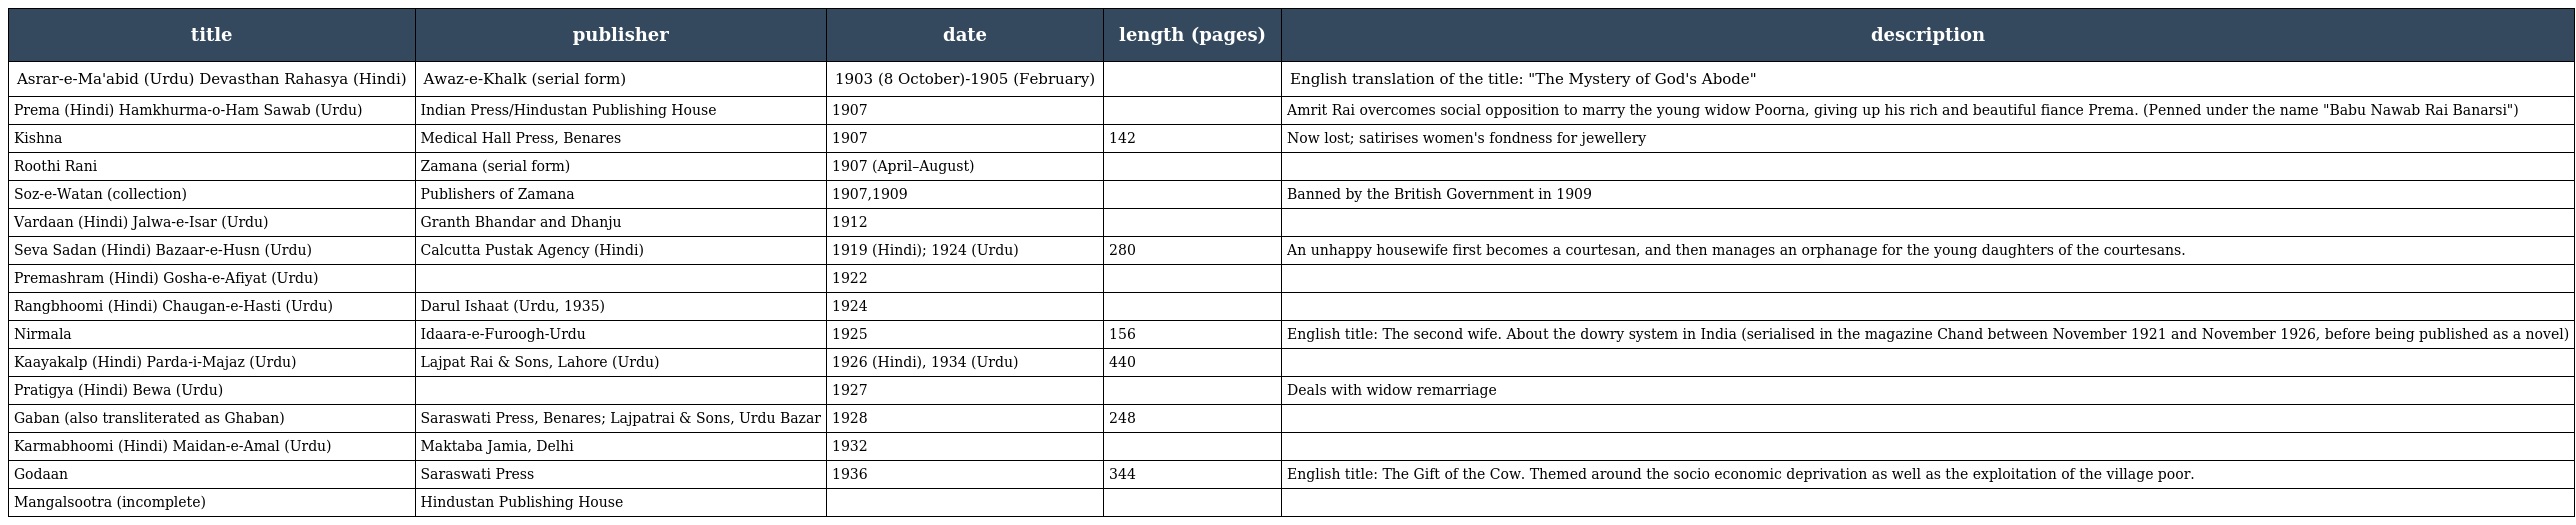
| title | publisher | date | length (pages) | description |
 | --- | --- | --- | --- | --- |
 | Asrar-e-Ma'abid (Urdu) Devasthan Rahasya (Hindi) | Awaz-e-Khalk (serial form) | 1903 (8 October)-1905 (February) |  | English translation of the title: "The Mystery of God's Abode" |
 | Prema (Hindi) Hamkhurma-o-Ham Sawab (Urdu) | Indian Press/Hindustan Publishing House | 1907 |  | Amrit Rai overcomes social opposition to marry the young widow Poorna, giving up his rich and beautiful fiance Prema. (Penned under the name "Babu Nawab Rai Banarsi") |
 | Kishna | Medical Hall Press, Benares | 1907 | 142 | Now lost; satirises women's fondness for jewellery |
 | Roothi Rani | Zamana (serial form) | 1907 (April–August) |  |  |
 | Soz-e-Watan (collection) | Publishers of Zamana | 1907,1909 |  | Banned by the British Government in 1909 |
 | Vardaan (Hindi) Jalwa-e-Isar (Urdu) | Granth Bhandar and Dhanju | 1912 |  |  |
 | Seva Sadan (Hindi) Bazaar-e-Husn (Urdu) | Calcutta Pustak Agency (Hindi) | 1919 (Hindi); 1924 (Urdu) | 280 | An unhappy housewife first becomes a courtesan, and then manages an orphanage for the young daughters of the courtesans. |
 | Premashram (Hindi) Gosha-e-Afiyat (Urdu) |  | 1922 |  |  |
 | Rangbhoomi (Hindi) Chaugan-e-Hasti (Urdu) | Darul Ishaat (Urdu, 1935) | 1924 |  |  |
 | Nirmala | Idaara-e-Furoogh-Urdu | 1925 | 156 | English title: The second wife. About the dowry system in India (serialised in the magazine Chand between November 1921 and November 1926, before being published as a novel) |
 | Kaayakalp (Hindi) Parda-i-Majaz (Urdu) | Lajpat Rai & Sons, Lahore (Urdu) | 1926 (Hindi), 1934 (Urdu) | 440 |  |
 | Pratigya (Hindi) Bewa (Urdu) |  | 1927 |  | Deals with widow remarriage |
 | Gaban (also transliterated as Ghaban) | Saraswati Press, Benares; Lajpatrai & Sons, Urdu Bazar | 1928 | 248 |  |
 | Karmabhoomi (Hindi) Maidan-e-Amal (Urdu) | Maktaba Jamia, Delhi | 1932 |  |  |
 | Godaan | Saraswati Press | 1936 | 344 | English title: The Gift of the Cow. Themed around the socio economic deprivation as well as the exploitation of the village poor. |
 | Mangalsootra (incomplete) | Hindustan Publishing House |  |  |  |